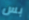
بس